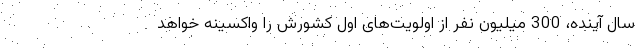
سال آینده، 300 میلیون نفر از اولویت‌های اول کشورش را واکسینه خواهد